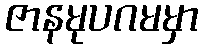
ဇာနမုပဂမမှာ